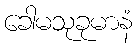
ခေါမသုခုမာနံ